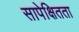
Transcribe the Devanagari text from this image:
सापेक्षितता